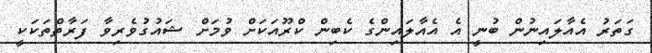
ގަތަރު އެއާލައިނުން ބުނީ އެ އެއާލައިންގެ ކެބިން ކްރޫއަކަށް ވުމަށް ޝައުގުވެރިވާ ފަރާތްތަކަކީ